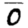
Digit: 0